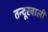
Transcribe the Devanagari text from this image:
तन्दूरवाली